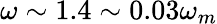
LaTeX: \omega\sim 1.4\sim 0.03\omega_{m}